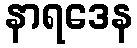
နာရဒေန